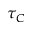
\tau _ { C }